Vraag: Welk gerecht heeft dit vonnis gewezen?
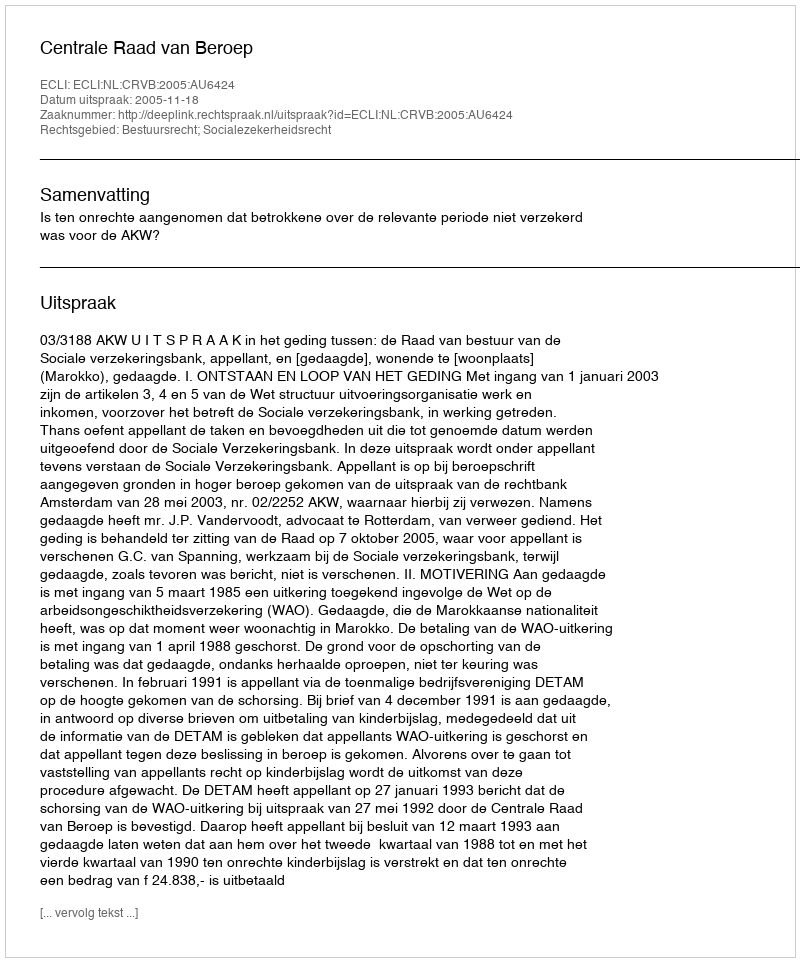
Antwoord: Centrale Raad van Beroep